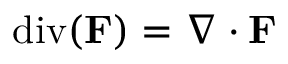
\operatorname { d i v } ( \mathbf { F } ) = \nabla \cdot \mathbf { F }